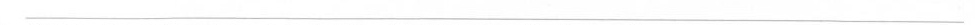
——————